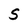
Character: S